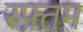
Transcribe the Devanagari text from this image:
रफ़्तम